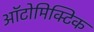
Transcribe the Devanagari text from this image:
ऑटोमिक्टिक